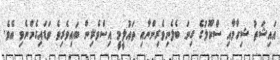
އައިޝަތު ޝިހާމާއި ސްކޫލުގެ ގިނަ ބެލެނިވެރިންނާއި ތައުލީމީ އިސްވެރިން ބައިވެރިވެ ވަޑައިގެންނެވި އެވެ.